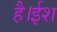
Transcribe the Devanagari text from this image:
है।ईश